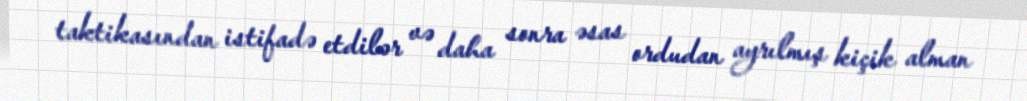
taktikasından istifadə etdilər və daha sonra əsas ordudan ayrılmış kiçik alman